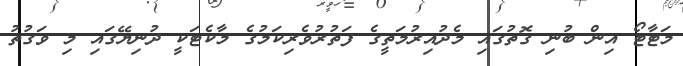
މަޓާޓޯ އިން ބުނި ގޮތުގައި މެދުއިރުމަތީގެ ފަތުރުވެރިކަމުގެ މާކެޓަކީ ދުނިޔޭގައި މި ވަގުތު